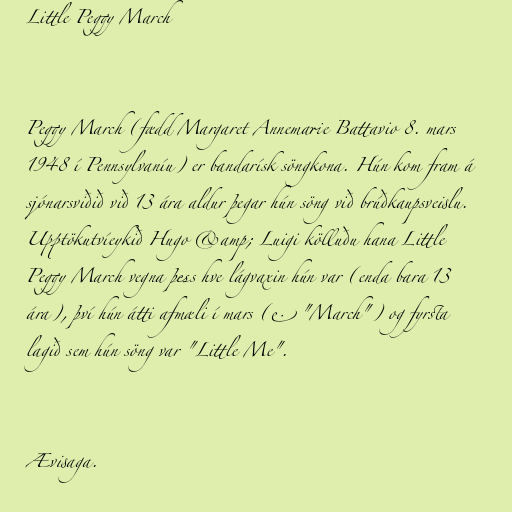
Little Peggy March

Peggy March (fædd Margaret Annemarie Battavio 8. mars
1948 í Pennsylvaníu) er bandarísk söngkona. Hún kom fram á
sjónarsviðið við 13 ára aldur þegar hún söng við brúðkaupsveislu.
Upptökutvíeykið Hugo &amp; Luigi kölluðu hana Little
Peggy March vegna þess hve lágvaxin hún var (enda bara 13
ára), því hún átti afmæli í mars (e. "March") og fyrsta
lagið sem hún söng var "Little Me".

Ævisaga.